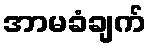
အာမခံချက်